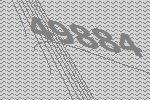
49884